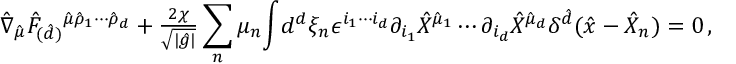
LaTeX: \hat { \nabla } _ { \hat { \mu } } \hat { F } _ { ( \hat { d } ) } { } ^ { \hat { \mu } \hat { \rho } _ { 1 } \cdots \hat { \rho } _ { d } } + { \textstyle \frac { 2 \chi } { \sqrt { | \hat { g } | } } } \sum _ { n } \mu _ { n } { \displaystyle \int } d ^ { d } \xi _ { n } \epsilon ^ { i _ { 1 } \cdots i _ { d } } \partial _ { i _ { 1 } } \hat { X } ^ { \hat { \mu } _ { 1 } } \cdots \partial _ { i _ { d } } \hat { X } ^ { \hat { \mu } _ { d } } \delta ^ { \hat { d } } ( \hat { x } - \hat { X } _ { n } ) = 0 \, ,